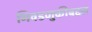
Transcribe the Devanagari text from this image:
निवडणुकीबद्दल